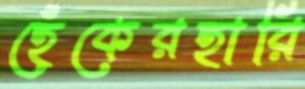
হেঁকেরহারি